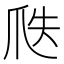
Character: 𤔅